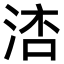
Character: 𣷧